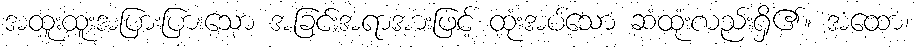
အထူးထူးအပြားပြားသော အခြင်းအရာအားဖြင့် ထုံးအပ်သော ဆံထုံးလည်းရှိ၏။ အထော၊